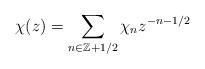
LaTeX: \begin{align*}\chi (z) = \sum _{n\in \mathbb{Z}+1/2} \chi _n z^{-n-1/2}\end{align*}